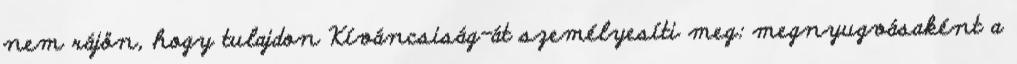
nem rájön, hogy tulajdon Kíváncsiság-át személyesíti meg: megnyugvásaként a